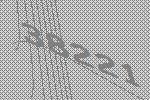
38221